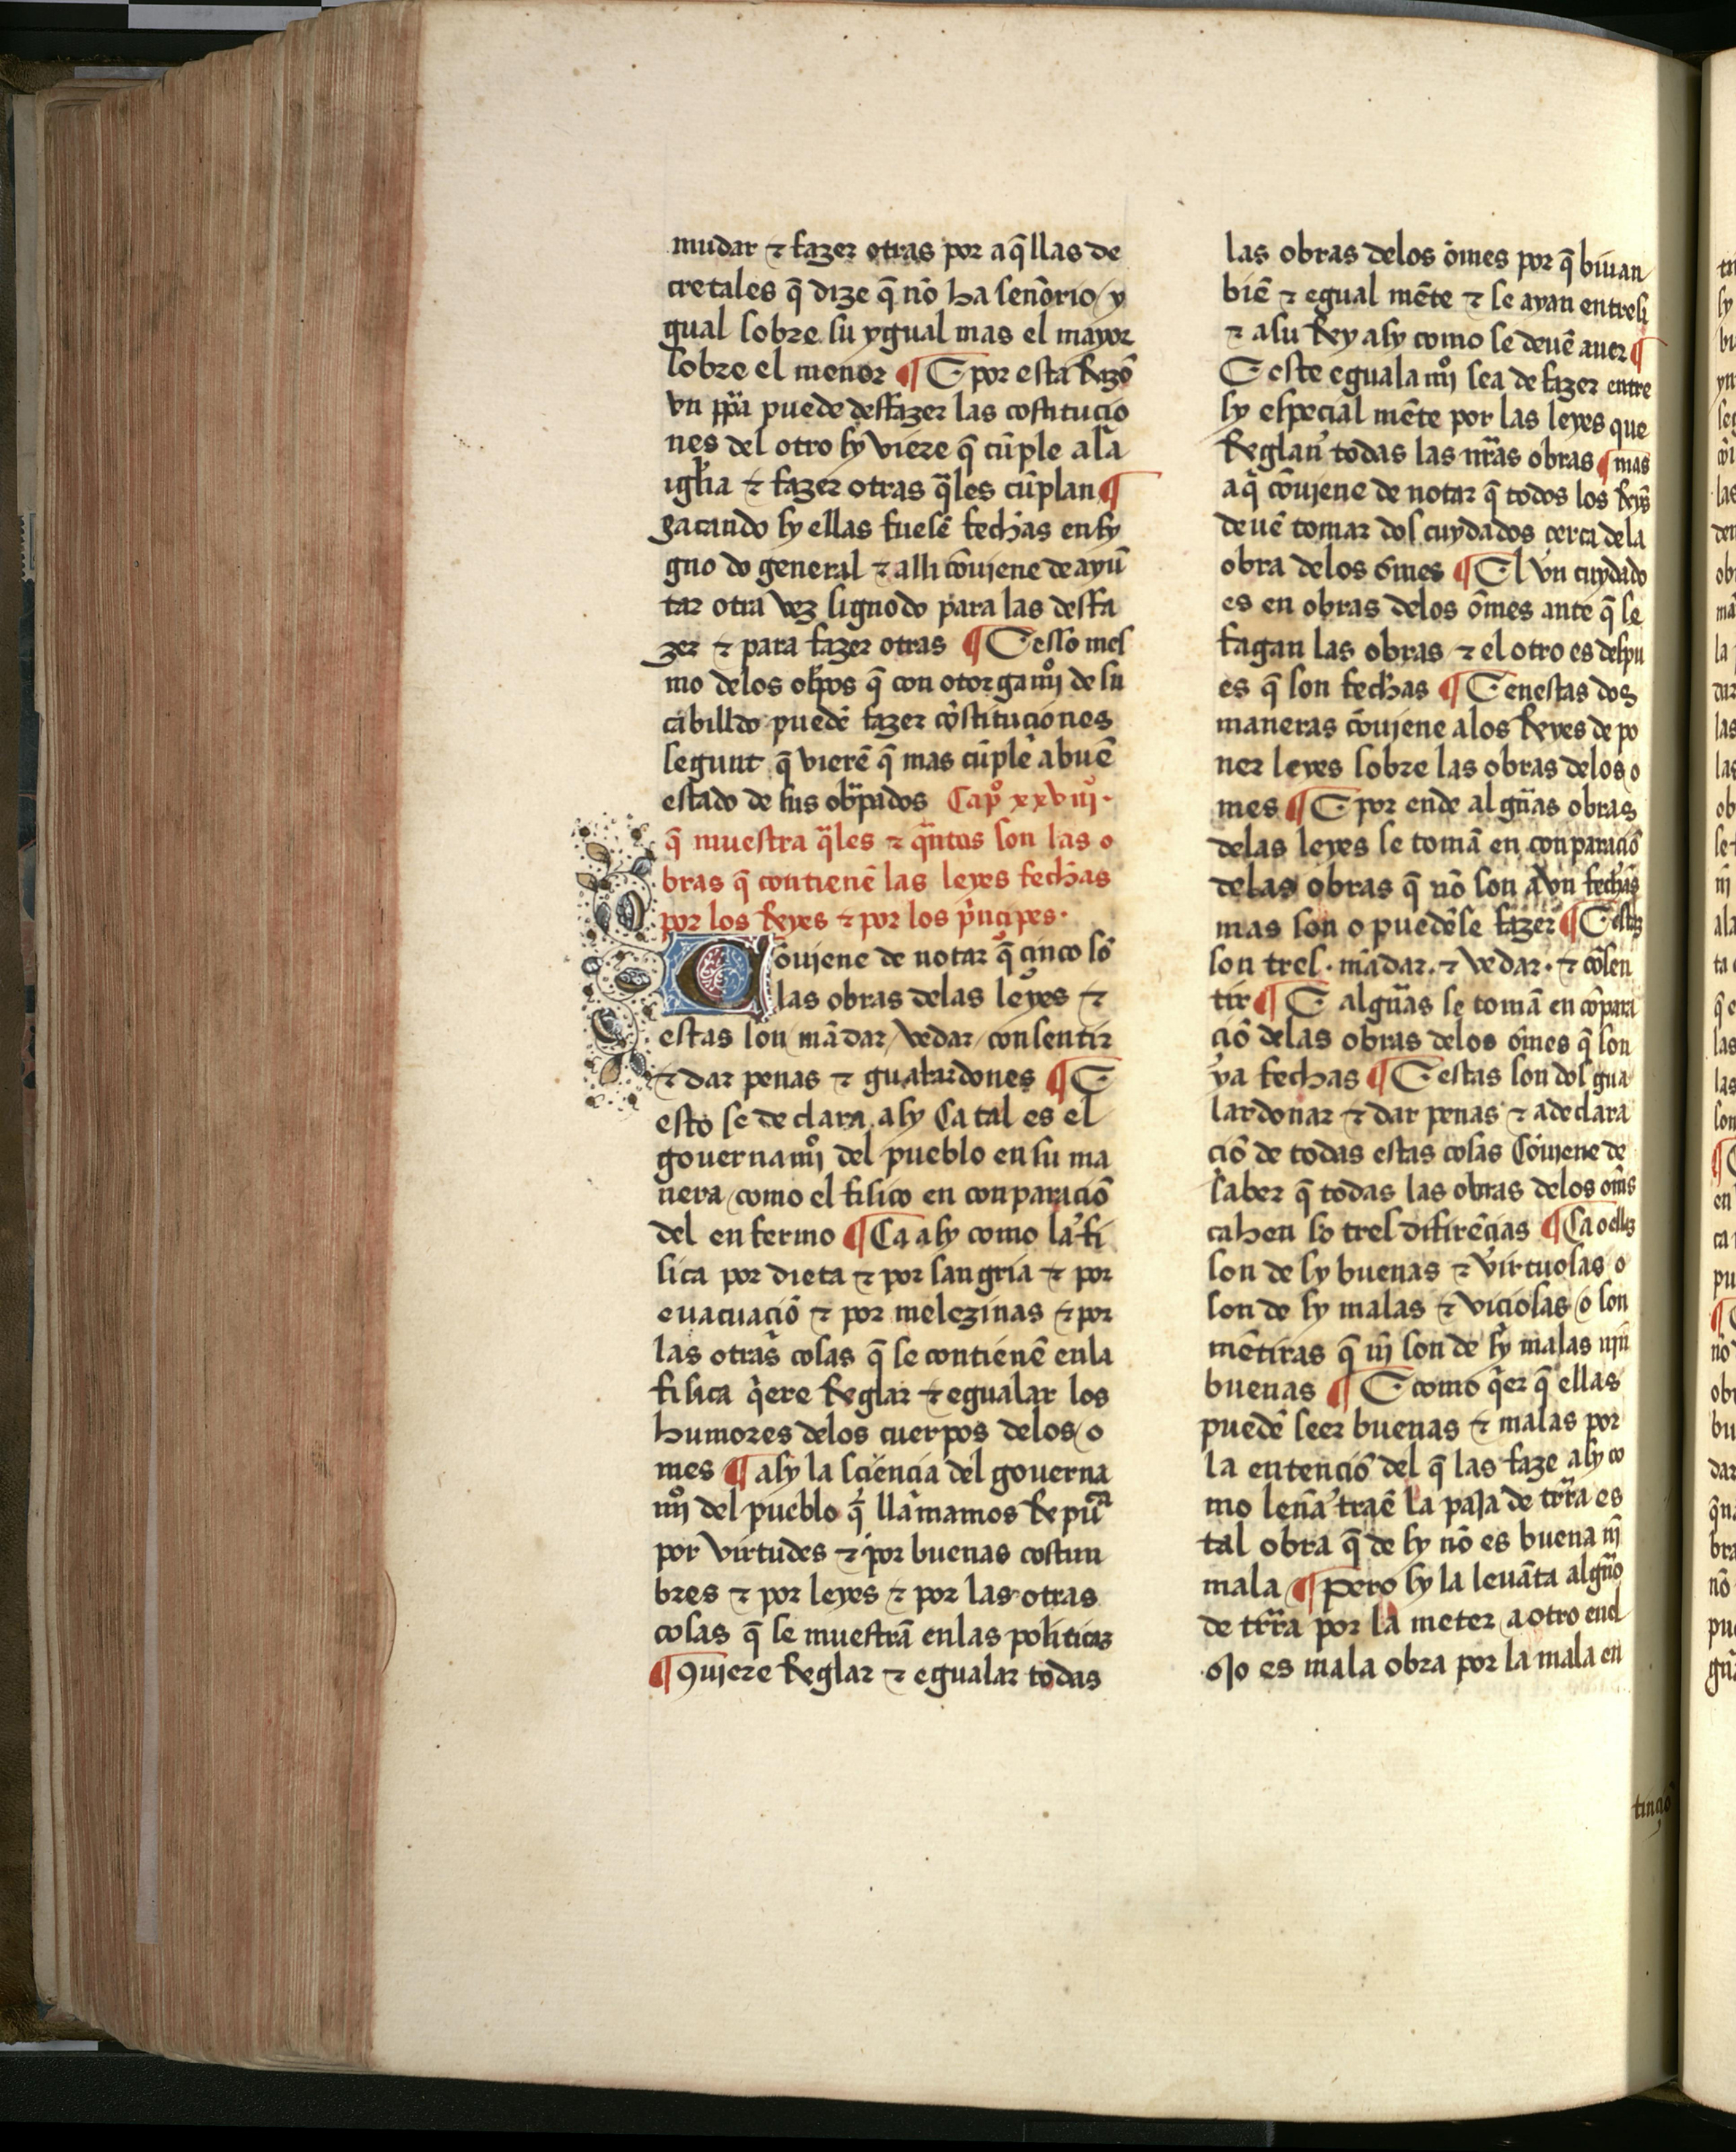
Shelfmark: Salamanca, Biblioteca Histórica USAL, 2709
Century: 15